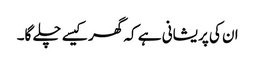
ان کی پریشانی ہے کہ گھر کیسے چلے گا۔